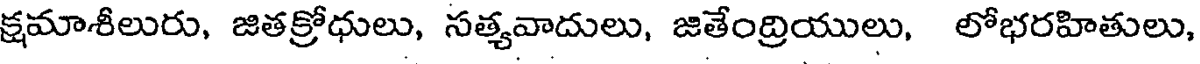
క్షమాశీలురు, జితక్రోధులు, సత్యవాదులు, జితేంద్రియులు, లోభరహితులు,